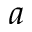
a